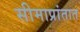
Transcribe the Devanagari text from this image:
सीमाप्रांतात